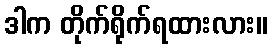
ဒါက တိုက်ရိုက်ရထားလား။